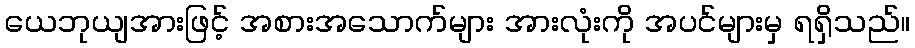
ယေဘုယျအားဖြင့် အစားအသောက်များ အားလုံးကို အပင်များမှ ရရှိသည်။